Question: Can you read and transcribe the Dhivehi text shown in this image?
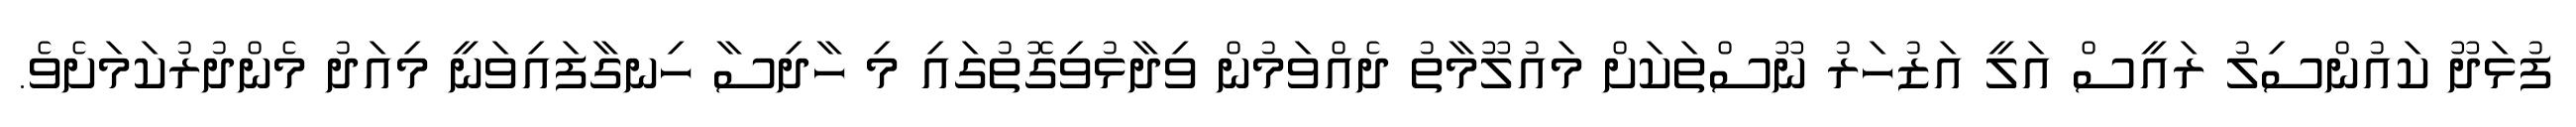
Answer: ފުޅަދޫ ކައުންސިލު ރައީސް އަލީ އަޒުހަރު ނޫސްތަކަށް މައުލޫމާތު ދެއްވަމުން ވިދާޅުވިގޮތުގައި މި ހާދިސާ ހިނގާފައިވަނީ މިއަދު މެންދުރުކަމަށެވެ.